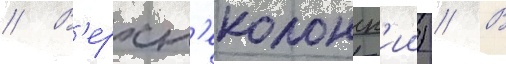
// В'ерхн'еколонск'ии) // В